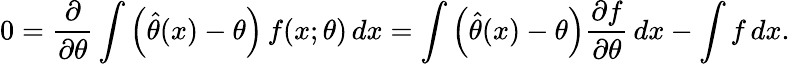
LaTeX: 0={\frac{\partial}{\partial\theta}}\int\left({\hat{\theta}}(x)-\theta\right)\, f(x;\theta)\, dx=\int\left({\hat{\theta}}(x)-\theta\right){\frac{\partial f}{\partial\theta}}\, dx-\int f\, dx.